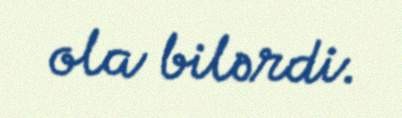
ola bilərdi.